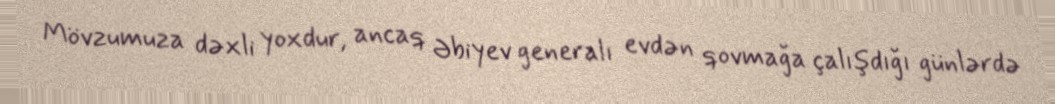
Mövzumuza dəxli yoxdur, ancaq Əbiyev generalı evdən qovmağa çalışdığı günlərdə